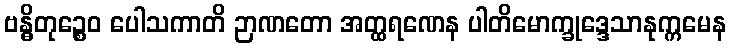
ဗန္ဓိတုဉ္စေဝ ပေါသကာတိ ဉာဏတော အတ္ထရဏေန ပါတိမောက္ခုဒ္ဒေသာနုက္ကမေန